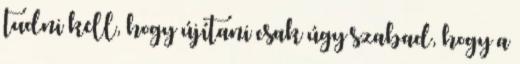
tudni kell, hogy újítani csak úgy szabad, hogy a